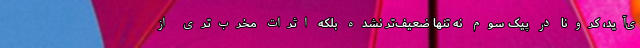
ی‌آید، کرونا در پیک سوم نه تنها ضعیف‌تر نشده بلکه اثرات مخرب‌تری از